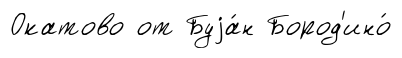
Окатово от Буjа́н Бород'ино́